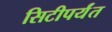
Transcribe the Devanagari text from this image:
सिटीपर्यंत